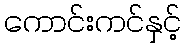
ကောင်းကင်နှင့်